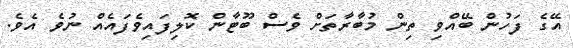
އޭގެ ފަހުން ބޭއްވި ތިން މުބާރާތަށް ވެސް ބޫޓާން ކޮލިފައިވެފައެއް ނުވެ އެވެ.